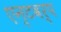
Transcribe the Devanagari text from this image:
एन्टवर्प